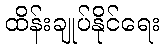
ထိန်းချုပ်နိုင်ရေး